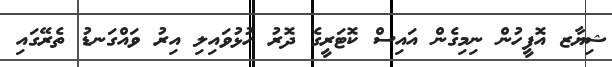
ޝިޔާޒ އޮފީހުން ނިމިގެން އައިސް ކޮޓަރީގެ ދޮރު ހުޅުވައިލި އިރު ވައްގަނޑު ތެރޭގައި